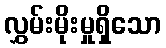
လွှမ်းမိုးမှုရှိသော